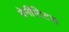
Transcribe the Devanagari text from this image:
बेनीटिटस